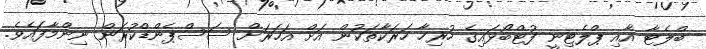
ބްލެޓާ އާއި ޕްލެޓިނީ ފުޓްބޯޅައިގެ ހުރިހާ ހަރަކާތަކުން އަށް އަހަރަށް ސަސްޕެންޑްކުރަން ނިންމާފައެވެ.